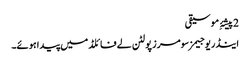
2 پیشۂِ موسیقی
اینڈریو جیمز سومرز پولٹن لے فائلڈ میں پیدا ہوئے۔